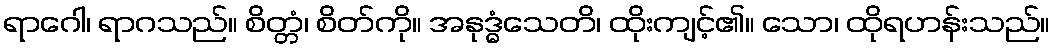
ရာဂေါ၊ ရာဂသည်။ စိတ္တံ၊ စိတ်ကို။ အနုဒ္ဓံသေတိ၊ ထိုးကျင့်၏။ သော၊ ထိုရဟန်းသည်။